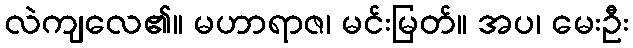
လဲကျလေ၏။ မဟာရာဇ၊ မင်းမြတ်။ အပ၊ မေးဦး